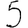
Digit: 5